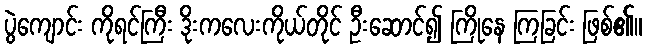
ပွဲကျောင်း ကိုရင်ကြီး ဒိုးကလေးကိုယ်တိုင် ဦးဆောင်၍ ကြိုနေ ကြခြင်း ဖြစ်၏။